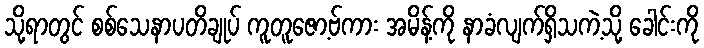
သို့ရာတွင် စစ်သေနာပတိချုပ် ကူတူဇော့ဗ်ကား အမိန့်ကို နာခံလျက်ရှိသကဲ့သို့ ခေါင်းကို